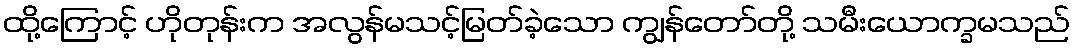
ထို့ကြောင့် ဟိုတုန်းက အလွန်မသင့်မြတ်ခဲ့သော ကျွန်တော်တို့ သမီးယောက္ခမသည်